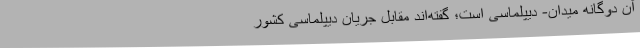
آن دوگانه میدان- دیپلماسی است؛ گفته‌اند مقابل جریان دیپلماسی کشور